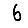
Digit: 6